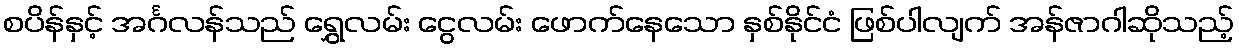
စပိန်နှင့် အင်္ဂလန်သည် ရွှေလမ်း ငွေလမ်း ဖောက်နေသော နှစ်နိုင်ငံ ဖြစ်ပါလျက် အန်ဇာဂါဆိုသည့်